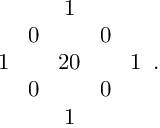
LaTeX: \begin{array} { c c c c c } { { } } & { { } } & { { 1 } } & { { } } & { { } } \\ { { } } & { { 0 \! } } & { { } } & { { \! 0 } } & { { } } \\ { { 1 \! } } & { { \! } } & { { 2 0 } } & { { \! } } & { { \! 1 } } \\ { { } } & { { 0 \! } } & { { } } & { { \! 0 } } & { { } } \\ { { } } & { { } } & { { 1 } } & { { } } & { { } } \end{array} .